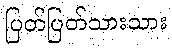
ပြတ်ပြတ်သားသား